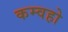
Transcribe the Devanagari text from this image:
कम्वहो